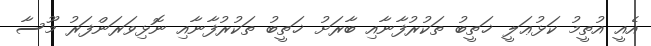
އެއީ އުތީމު ކަޅުޢަލީ ޚަތީބު ތަކުރުފާނާއި ބާރަށު ޚަތީބު ތަކުރުފާނާއި ނޮޅިވަރަންފަރު މޫސާ